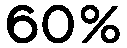
60%